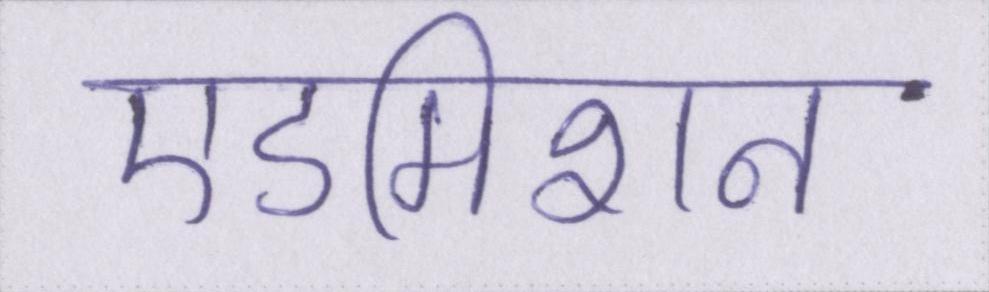
एडमिशन